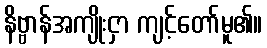
နိဗ္ဗာန်အကျိုးငှာ ကျင့်တော်မူ၏။